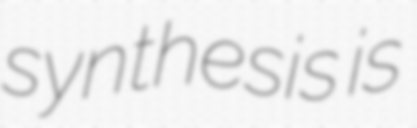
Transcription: synthesis is